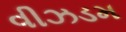
વીઝડમ